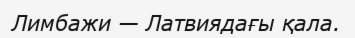
Лимбажи — Латвиядағы қала.